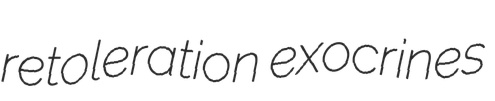
retoleration exocrines